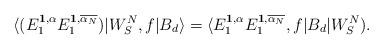
LaTeX: \begin{align*}\langle (E_1^{\textbf{1},\alpha} E_1^{\mathbf{1}, \overline{\alpha_N}}) | W_S^N,f|B_d\rangle=\langle E_1^{\textbf{1},\alpha} E_1^{\mathbf{1}, \overline{\alpha_N}},f|B_d | W_S^N).\end{align*}